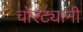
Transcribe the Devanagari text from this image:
चोरट्यानी